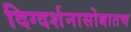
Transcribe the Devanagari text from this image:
दिग्दर्शनासोबातच